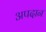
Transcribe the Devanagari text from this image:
अपदान